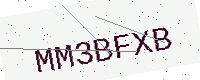
Text: MM3BFXB